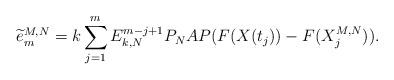
LaTeX: \begin{align*}\widetilde{e}_m^{M,N}=k\sum_{j=1}^mE_{k,N}^{m-j+1}P_NAP(F(X(t_j))-F(X_j^{M,N})).\end{align*}